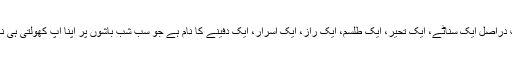
شب دراصل ایک سناٹے، ایک تحیر، ایک طلسم، ایک راز، ایک اسرار، ایک دفینے کا نام ہے جو سب شب باشوں پر اپنا آپ کھولتی ہی نہیں۔